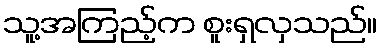
သူ့အကြည့်က စူးရှလှသည်။